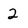
Character: 2